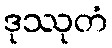
ဒုဿုတံ